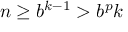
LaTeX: n \geq b ^ { k - 1 } > b ^ { p } k